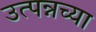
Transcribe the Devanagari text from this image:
उत्पन्नच्या